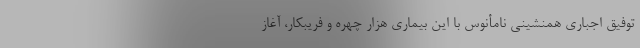
توفیق اجباری همنشینی نامأنوس با این بیماری هزار چهره و فریبکار، آغاز